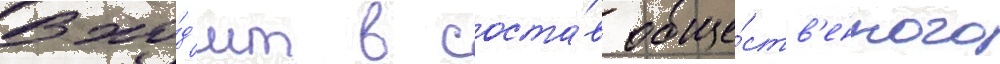
Вхо́д'ит в соста́в обще́ств'енного